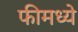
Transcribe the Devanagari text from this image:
फीमध्ये